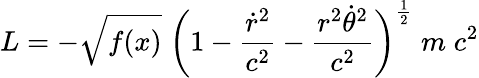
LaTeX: L=-\sqrt{f(x)}\; \biggl(1-{\frac{\dot{r}^{2}}{c^{2}}}-{\frac{r^{2}\dot{\theta}^{2}}{c^{2}}}\biggr)^{\frac{1}{2}}\; m\; c^{2}